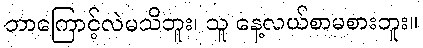
ဘာကြောင့်လဲမသိဘူး၊ သူ နေ့လယ်စာမစားဘူး။